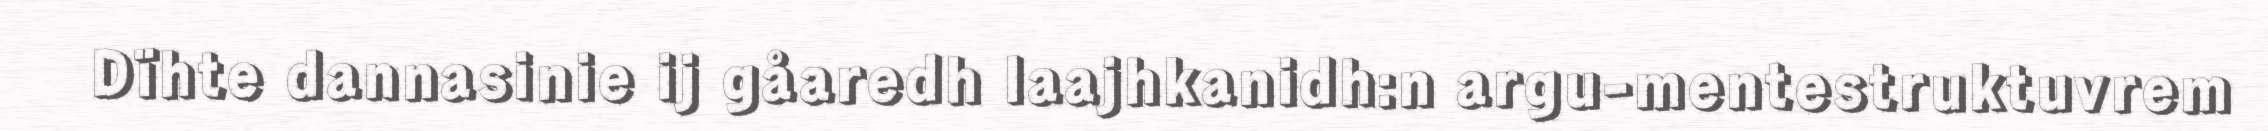
Dïhte dannasinie ij gåaredh laajhkanidh:n argu-mentestruktuvrem